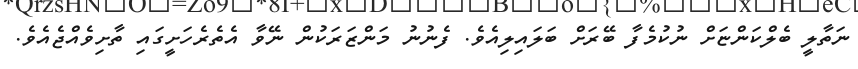
ނަތާލީ ބެލްކަންޏަށް ނުކުމެފާ ބޭރަށް ބަލައިލިއެވެ. ފެނުނު މަންޒަރަކުން ނޭވާ އެތެރެހަށީގައި ތާށިވެއްޖެއެވެ.